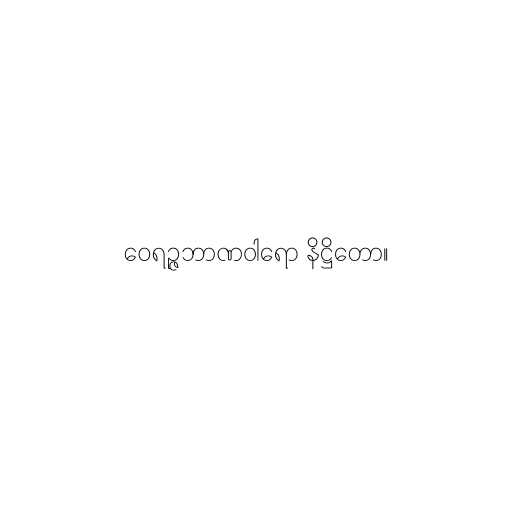
ဝေရဉ္ဇဘာဏဝါရော နိဋ္ဌိတော။